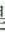
2.李老师做了一个梯形教具，上底是